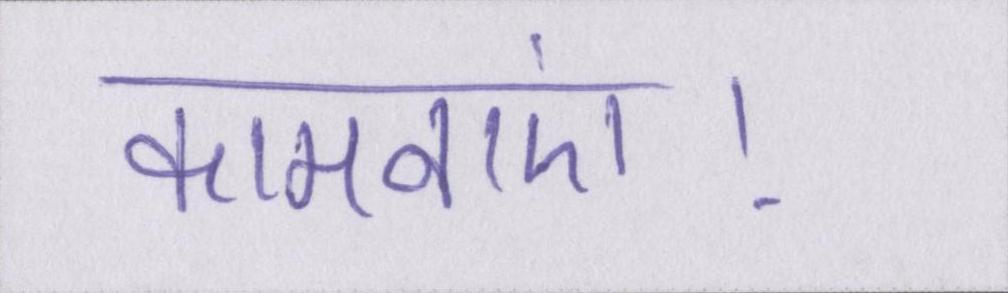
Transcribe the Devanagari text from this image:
कामनाएं।